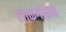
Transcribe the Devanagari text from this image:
लोकगीतात